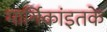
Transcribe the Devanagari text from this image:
मार्गिकांइतके